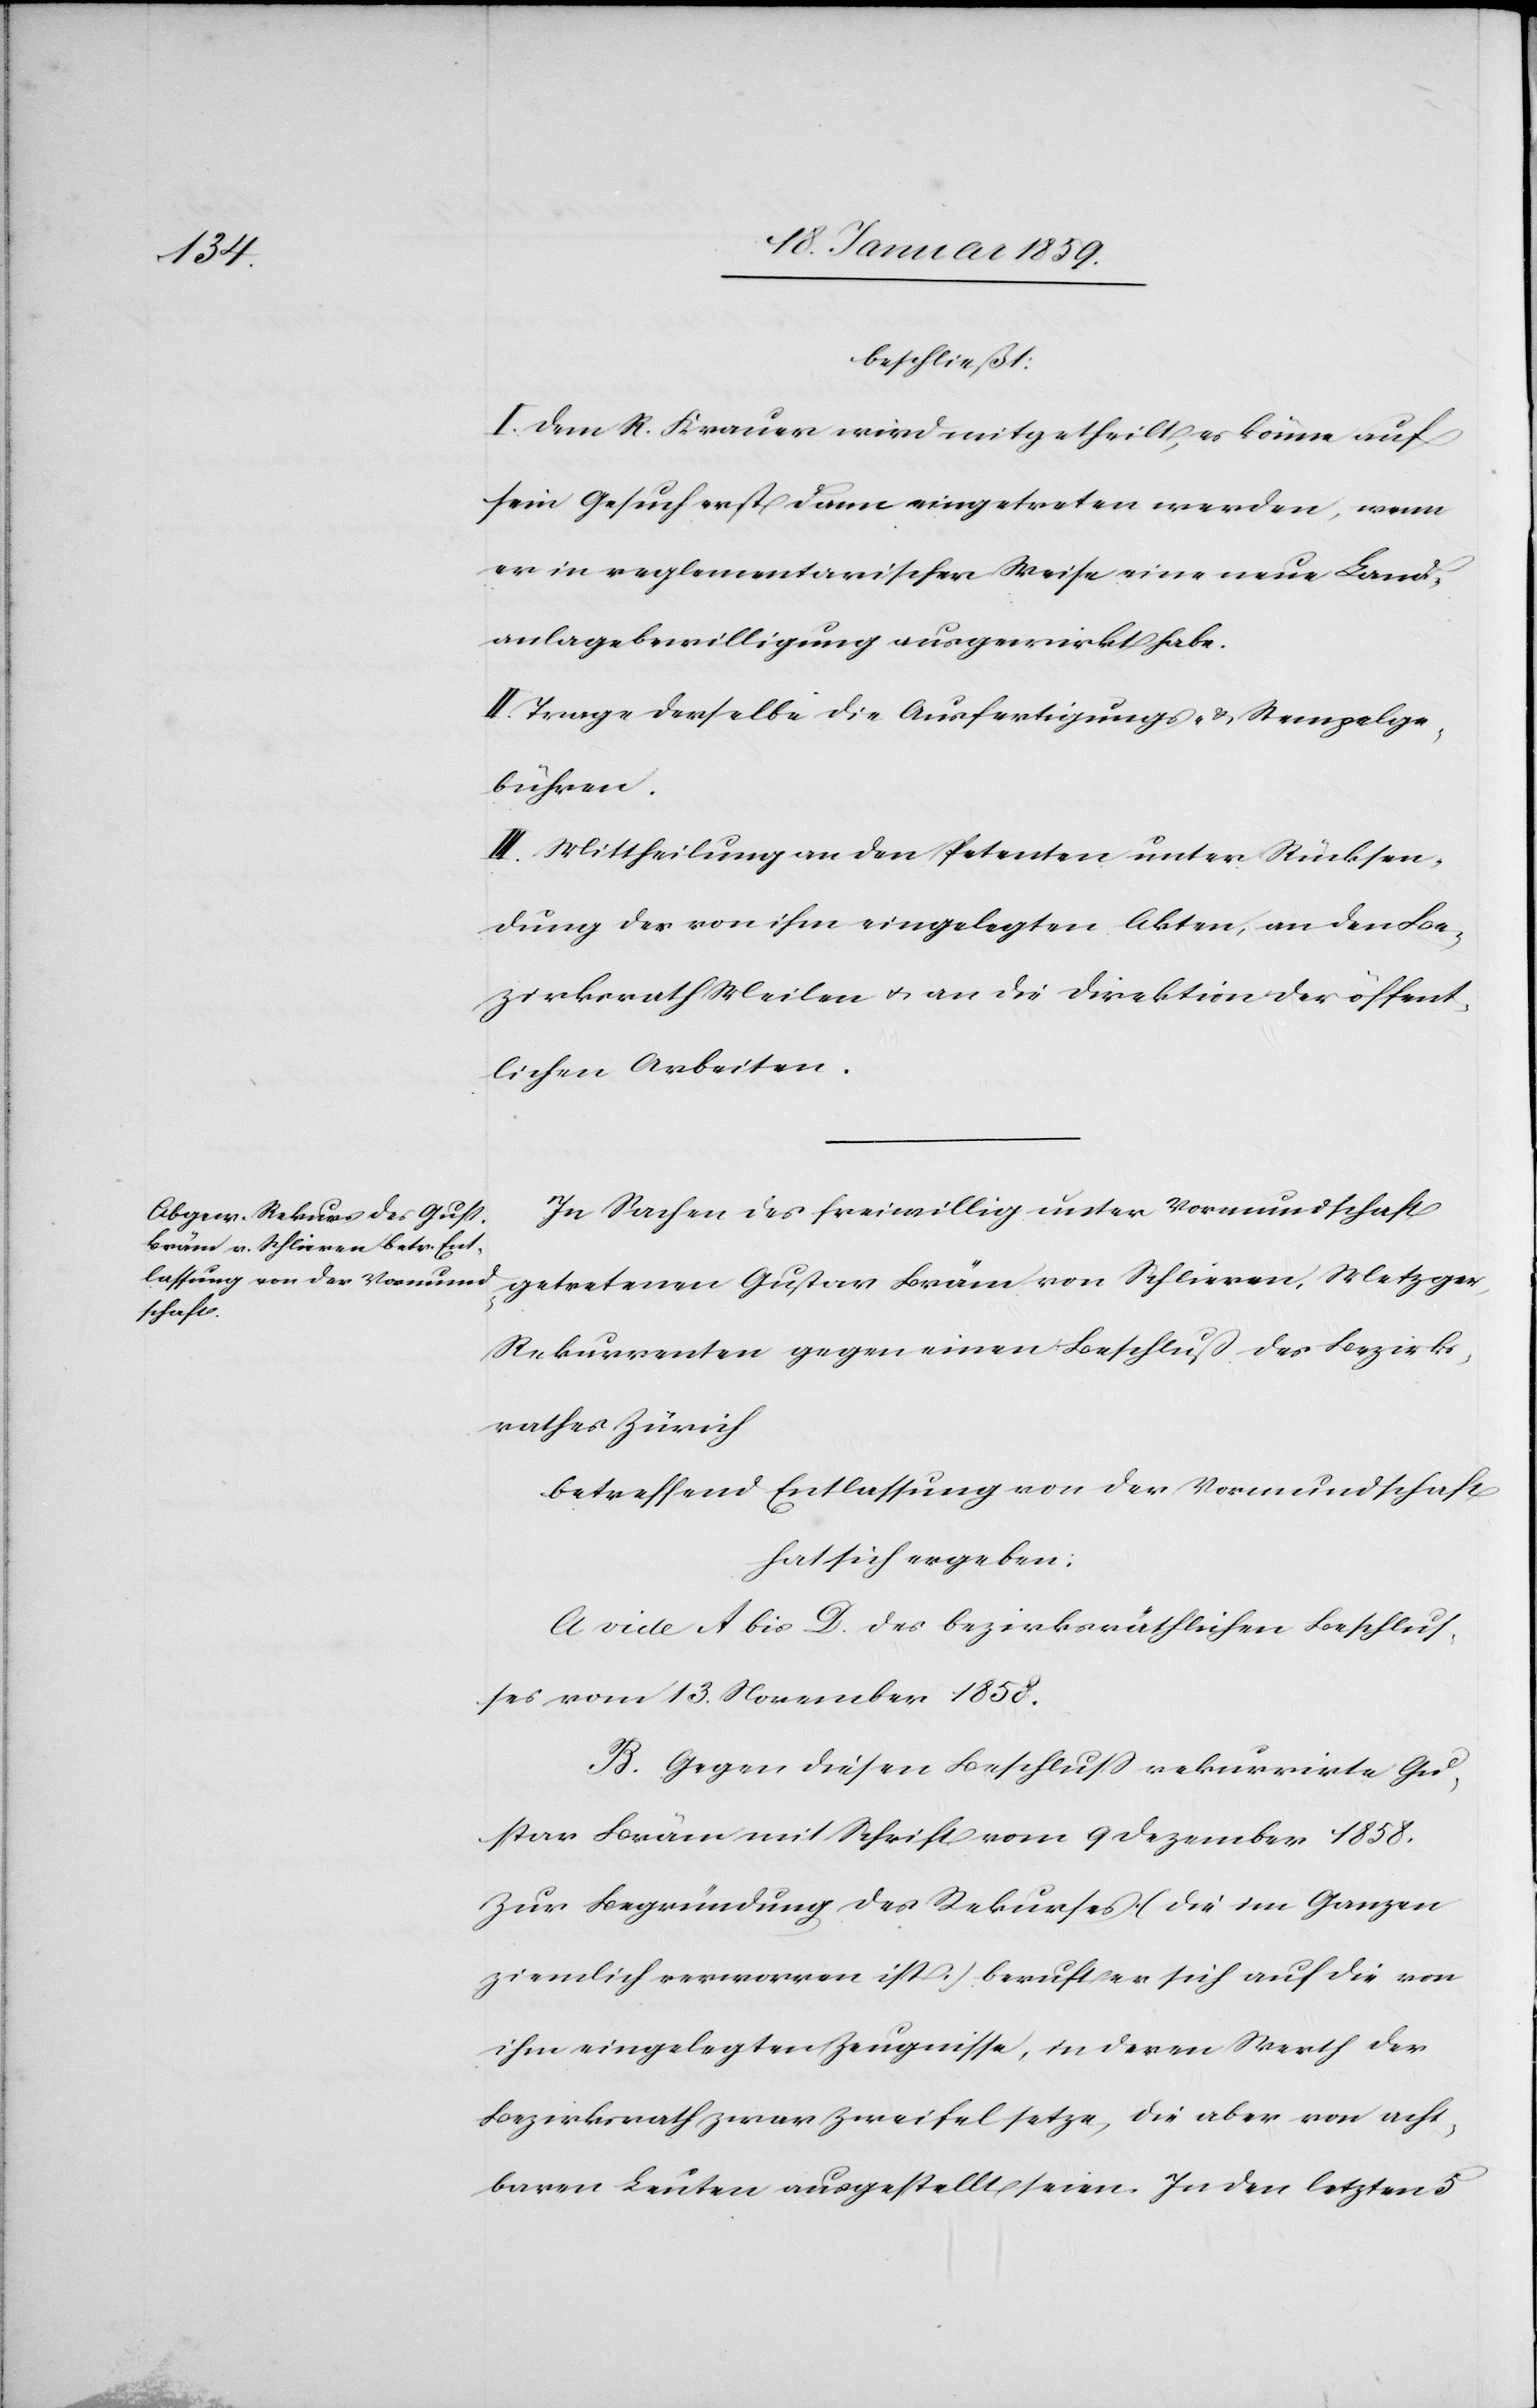
beschließt:
I. Dem R. Krauer wird mitgetheilt, es könne auf
sein Gesuch erst dann eingetreten werden, wenn
er in reglementarischer Weise eine neue Land¬
anlagebewilligung ausgewirkt habe.
II. Trage derselbe die Ausfertigungs- & Stempelge¬
bühren.
III. Mittheilung an den Petenten unter Rücksen¬
dung der von ihm eingelegten Akten, an den Be¬
zirksrath Meilen u. an die Direktion der öffent¬
lichen Arbeiten.
In Sachen des freiwillig unter Vormundschaft
getretenen Gustav Bräm von Schlieren, Metzger,
Rekurrenten gegen einen Beschluß des Bezirks¬
rathes Zürich
betreffend Entlassung von der Vormundschaft
hat sich ergeben:
A. vide A bis D. des bezirksräthlichen Beschluß¬
es vom 13. November 1858.
B. Gegen diesen Beschluß rekurrirte Gu¬
stav Bräm mit Schrift vom 9 Dezember 1858.
Zur Begründung des Rekurses (die im Ganzen
ziemlich verworren ist) beruft er sich auf die von
ihm eingelegten Zeugnisse, in deren Werth der
Bezirksrath zwar Zweifel setze, die aber von acht¬
baren Leuten ausgestellt seien. In den letzten 5